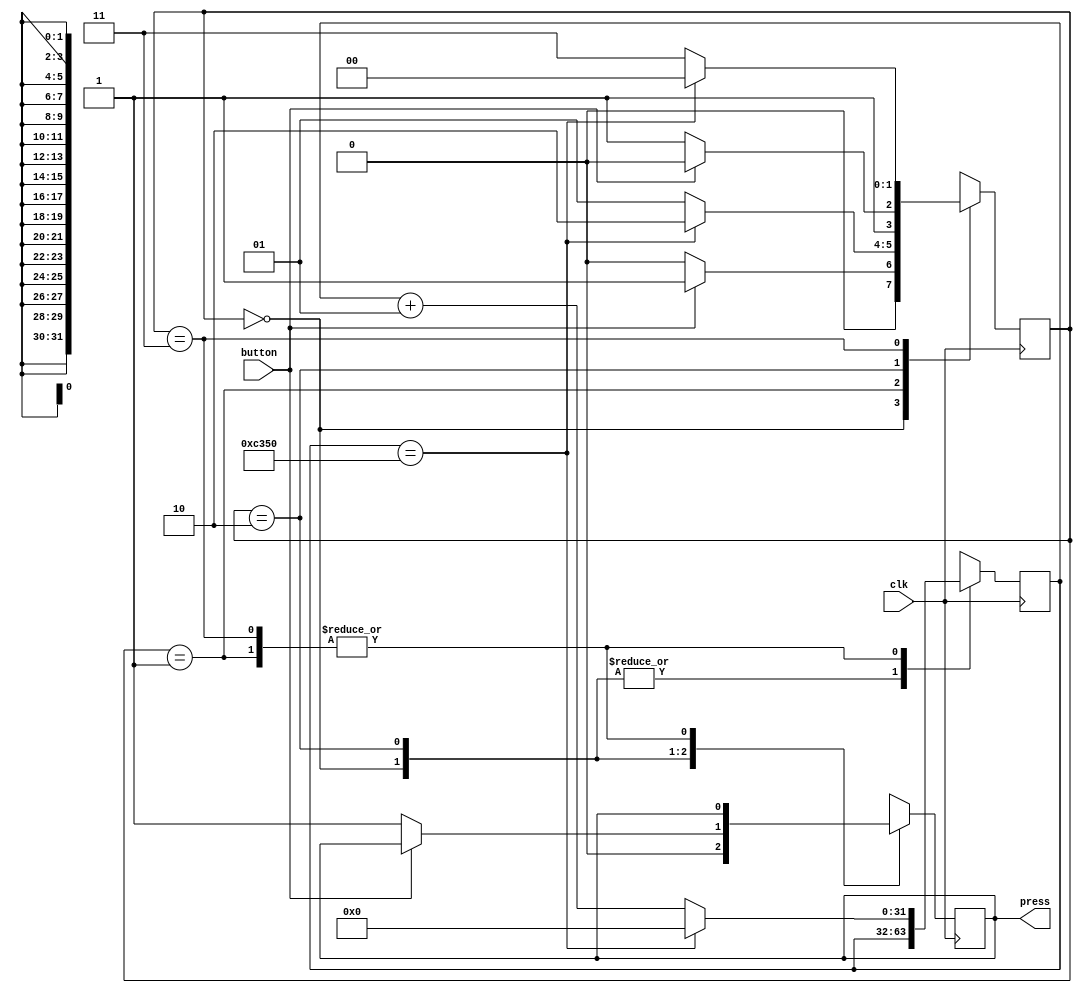
module push_button_test1(button,clk,press);
input button;
input clk;
output reg press=1'b0;

parameter [1:0] 	wait_for_press=2'b00,
						press_delay=2'b01,
						wait_for_release=2'b10,
						release_delay=2'b11;

reg [1:0] state=wait_for_press;

integer counter=0;

always @(posedge clk)
	begin
	case (state)
		wait_for_press : 	begin
								press=1'b0;
								if (button==1'b1)
								state=press_delay;
								else
								state=wait_for_press;
								end
		press_delay		:	begin
								if (counter==50000)
									begin
									counter=0;
									state=wait_for_release;
									end
								else
									begin
									counter=counter+1;
									state=press_delay;
									end
								end
		wait_for_release: begin
								if (button==1'b0)
									begin
									press=1'b1;
									state=release_delay;
									end
								else
									begin
									state=wait_for_release;
									end
								end
		release_delay	:	begin
								//press=1'b0;
								if (counter==50000)
									begin
									counter=0;
									state=wait_for_press;
									end
								else
									begin
									counter=counter+1;
									state=release_delay;
									end
								end
	endcase	
	end
endmodule